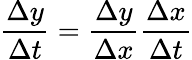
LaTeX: {\frac{\Delta y}{\Delta t}}={\frac{\Delta y}{\Delta x}}{\frac{\Delta x}{\Delta t}}